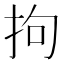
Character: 拘